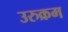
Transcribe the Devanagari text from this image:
उरुक्रम